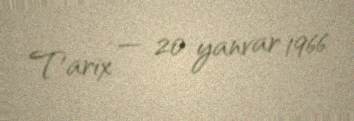
Tarix — 20 yanvar 1966